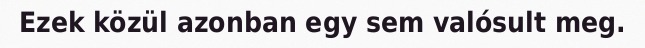
Ezek közül azonban egy sem valósult meg.